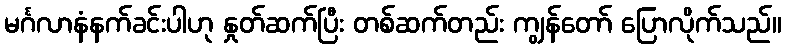
မင်္ဂလာနံနက်ခင်းပါဟု နှုတ်ဆက်ပြီး တစ်ဆက်တည်း ကျွန်တော် ပြောလိုက်သည်။